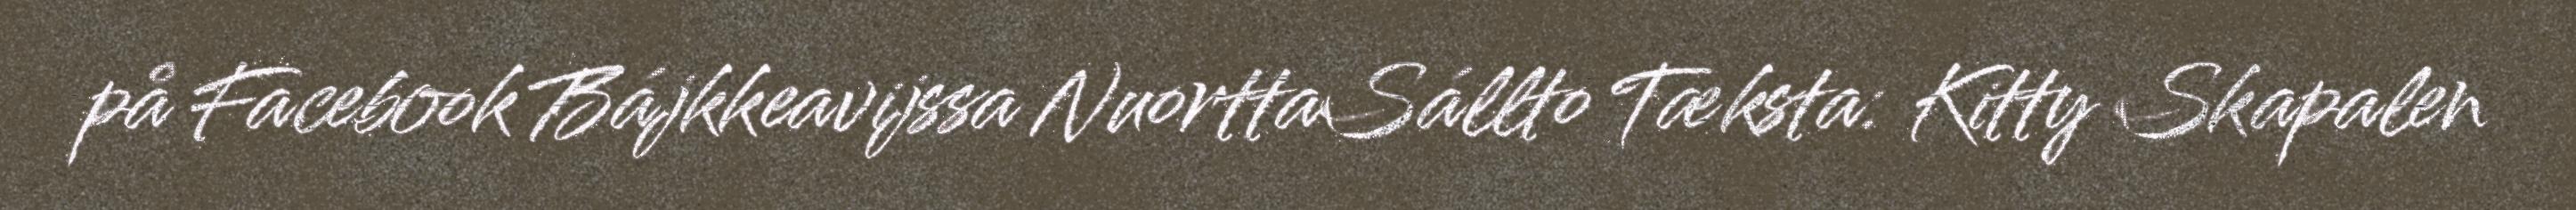
på Facebook Bájkkeavijssa NuorttaSállto Tæksta: Kitty Skapalen